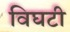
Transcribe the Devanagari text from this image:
विघटी